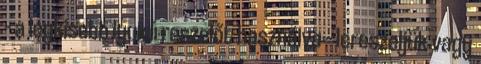
– a legkisebb lyukú reszelőt használva – lereszeljük vagy